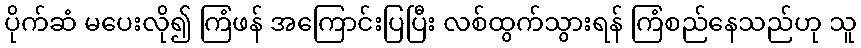
ပိုက်ဆံ မပေးလို၍ ကြံဖန် အကြောင်းပြပြီး လစ်ထွက်သွားရန် ကြံစည်နေသည်ဟု သူ